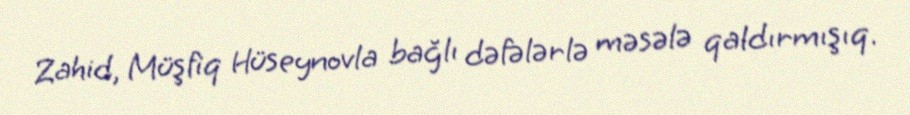
Zahid, Müşfiq Hüseynovla bağlı dəfələrlə məsələ qaldırmışıq.